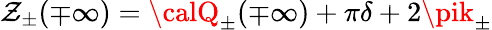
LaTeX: \mathcal{Z}_{\pm}(\mp\infty)={\calQ}_{\pm}(\mp\infty)+\pi\delta+2\pik_{\pm}